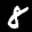
Label: 8